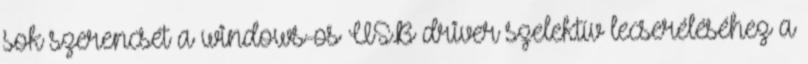
sok szerencsét a windows-os USB driver szelektív lecseréléséhez a